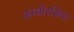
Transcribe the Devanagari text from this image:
अम्बोरसिया